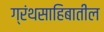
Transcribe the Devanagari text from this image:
ग्रंथसाहिबातील